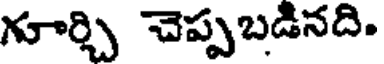
గూర్చి చెప్పబడినది.